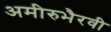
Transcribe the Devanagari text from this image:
अमीरुभैरवी